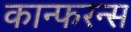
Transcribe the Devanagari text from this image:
कान्फरन्स